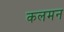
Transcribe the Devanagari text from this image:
कलमन